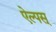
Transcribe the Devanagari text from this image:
ऐल्पस्